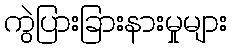
ကွဲပြားခြားနားမှုများ